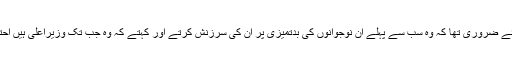
وزیراعظم کے لئے ضروری تھا کہ وہ سب سے پہلے ان نوجوانوں کی بدتمیزی پر ان کی سرزنش کرتے اور کہتے کہ وہ جب تک وزیراعلیٰ ہیں احترام کے قابل ہیں۔